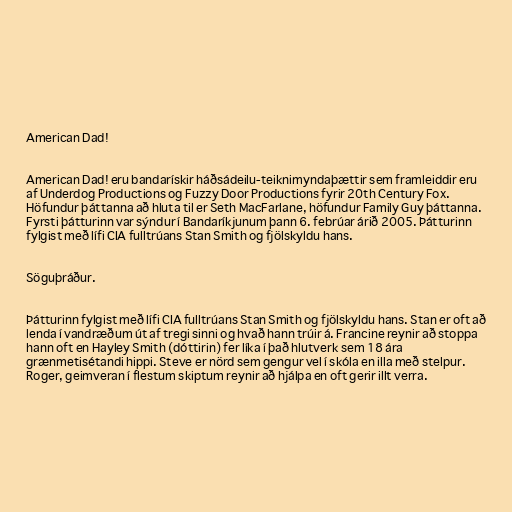
American Dad!

American Dad! eru bandarískir háðsádeilu-teiknimyndaþættir sem framleiddir eru
af Underdog Productions og Fuzzy Door Productions fyrir 20th Century Fox.
Höfundur þáttanna að hluta til er Seth MacFarlane, höfundur Family Guy þáttanna.
Fyrsti þátturinn var sýndur í Bandaríkjunum þann 6. febrúar árið 2005. Þátturinn
fylgist með lífi CIA fulltrúans Stan Smith og fjölskyldu hans.

Söguþráður.

Þátturinn fylgist með lífi CIA fulltrúans Stan Smith og fjölskyldu hans. Stan er oft að
lenda í vandræðum út af tregi sinni og hvað hann trúir á. Francine reynir að stoppa
hann oft en Hayley Smith (dóttirin) fer líka í það hlutverk sem 18 ára
grænmetisétandi hippi. Steve er nörd sem gengur vel í skóla en illa með stelpur.
Roger, geimveran í flestum skiptum reynir að hjálpa en oft gerir illt verra.